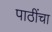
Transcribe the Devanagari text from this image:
पाठींचा